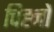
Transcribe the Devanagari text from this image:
चिह्‍नों